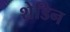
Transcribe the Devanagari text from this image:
शेडिन